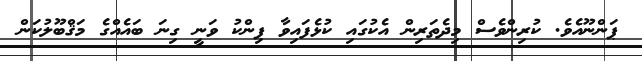
ޕަންނޫއެވެ. ކުރިންވެސް މިދެތަރިން އެކުގައި ކުޅެފައިވާ ޕިންކު ވަނީ ގިނަ ބައެއްގެ މަޤްބޫލުކަން